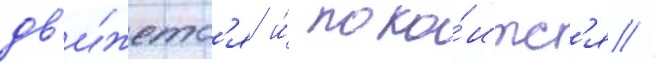
дв'и́жетс'я и́ поко́итс'я //